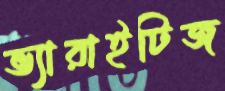
ভ্যারাইটিজ